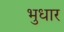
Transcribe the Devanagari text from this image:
भुधार